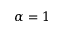
\alpha = 1